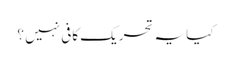
کیا یہ تحریک کافی نہیں ؟